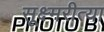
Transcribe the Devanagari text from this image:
सूक्ष्मरीत्या